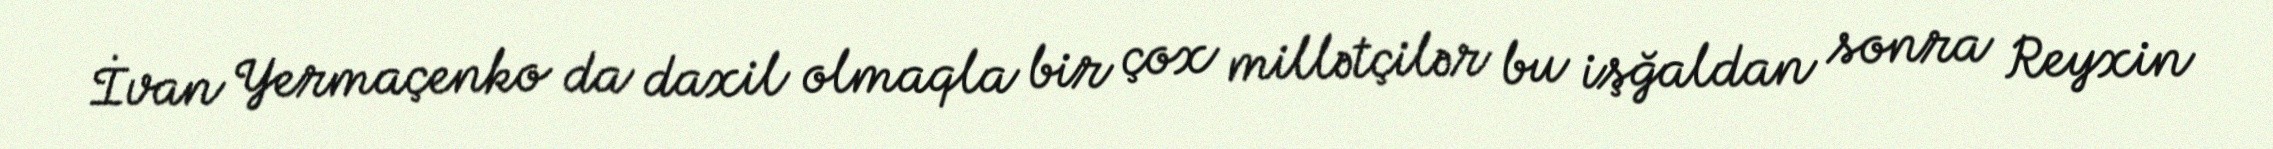
İvan Yermaçenko da daxil olmaqla bir çox millətçilər bu işğaldan sonra Reyxin